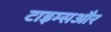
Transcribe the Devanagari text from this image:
टाइम्सऔर